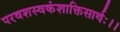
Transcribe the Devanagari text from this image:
परवशस्वकंशाक्तिसार्थः।।